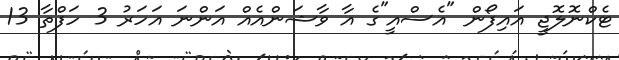
ޓެކްނޮލޮޖީ އައިފޯން "އެސްއީ"ގެ އާ ވާޝަންއެއް އަންނަ އަހަރު 3 ހަފްތާ 13